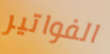
الفواتير